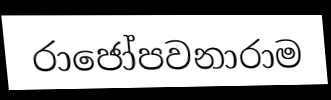
රාජෝපවනාරාම